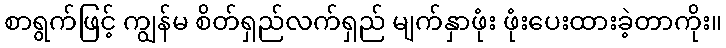
စာရွက်ဖြင့် ကျွန်မ စိတ်ရှည်လက်ရှည် မျက်နှာဖုံး ဖုံးပေးထားခဲ့တာကိုး။